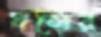
ধলের